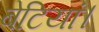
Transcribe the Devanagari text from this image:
बेटियां।